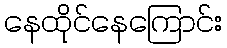
နေထိုင်နေကြောင်း